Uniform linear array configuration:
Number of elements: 8
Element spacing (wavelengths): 0.25
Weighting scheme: cosine
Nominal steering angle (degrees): -60
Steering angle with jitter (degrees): -61.913
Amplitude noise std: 0.05
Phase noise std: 0.05

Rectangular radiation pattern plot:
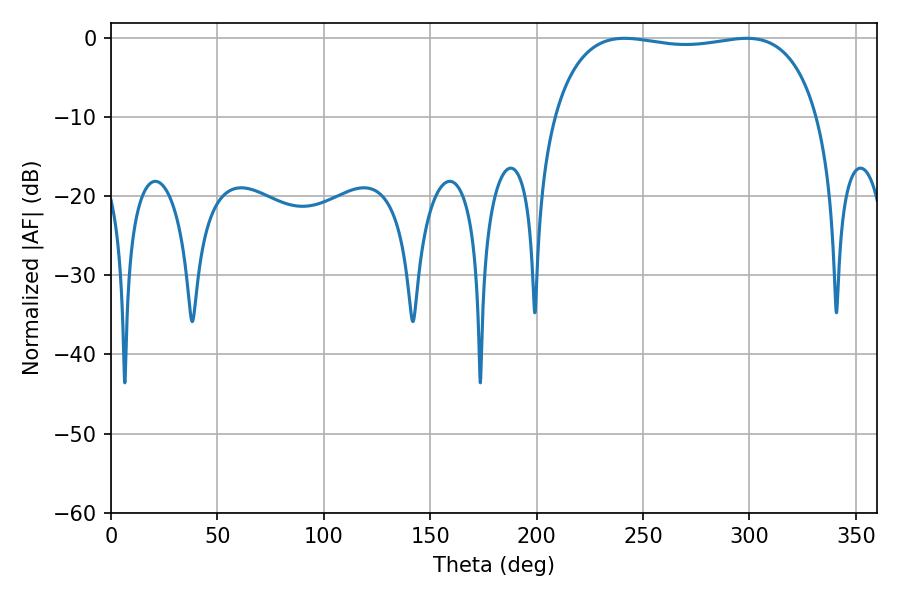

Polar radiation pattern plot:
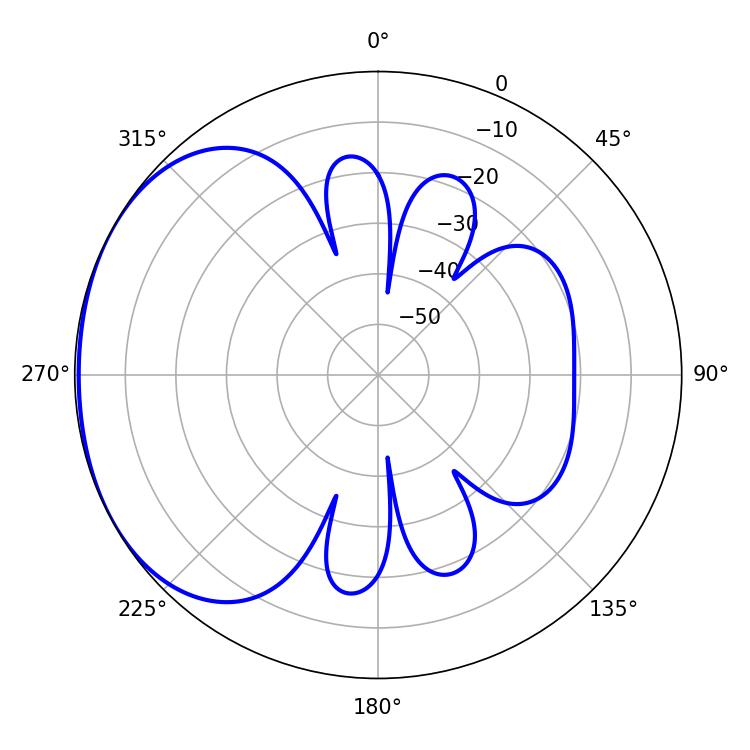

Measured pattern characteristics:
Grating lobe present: FALSE
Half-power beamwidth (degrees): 100.08
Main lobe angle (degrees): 241.38